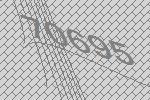
70695